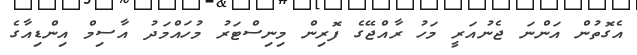
އެގޮތުން އަންނަ ޖެނުއަރީ މަހު ރާއްޖޭގެ ފޮރިން މިނިސްޓަރު މުހައްމަދު އާސިމް އިންޑިއާގެ